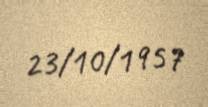
23/10/1957